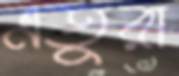
এতুরা